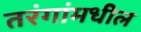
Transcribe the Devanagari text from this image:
तरंगांमधील